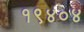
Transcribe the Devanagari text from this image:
१९४०४